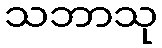
သဘာသု